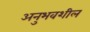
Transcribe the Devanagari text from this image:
अनुभवशील